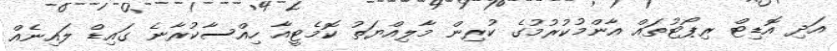
އަދި އޮޑިޓް ރިޕޯޓުތައް އާންމުކުރުމުގެ ކުރިން މާލިއްޔަތު ކޮމެޓީއާ ހިއްސާކުރާނެ ގައިޑް ލައިނެއް